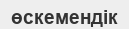
өскемендік